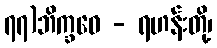
၇၇)ဘိက္ခဝေ - ရဟန်းတို့၊